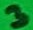
Text: 3